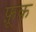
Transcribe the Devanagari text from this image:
फ़ूक